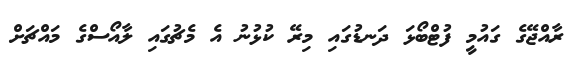
ރާއްޖޭގެ ގައުމީ ފުޓްބޯޅަ ދަނޑުގައި މިރޭ ކުޅުނު އެ މެޗުގައި ލާއޯސްގެ މައްޗަށް